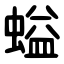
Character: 螠